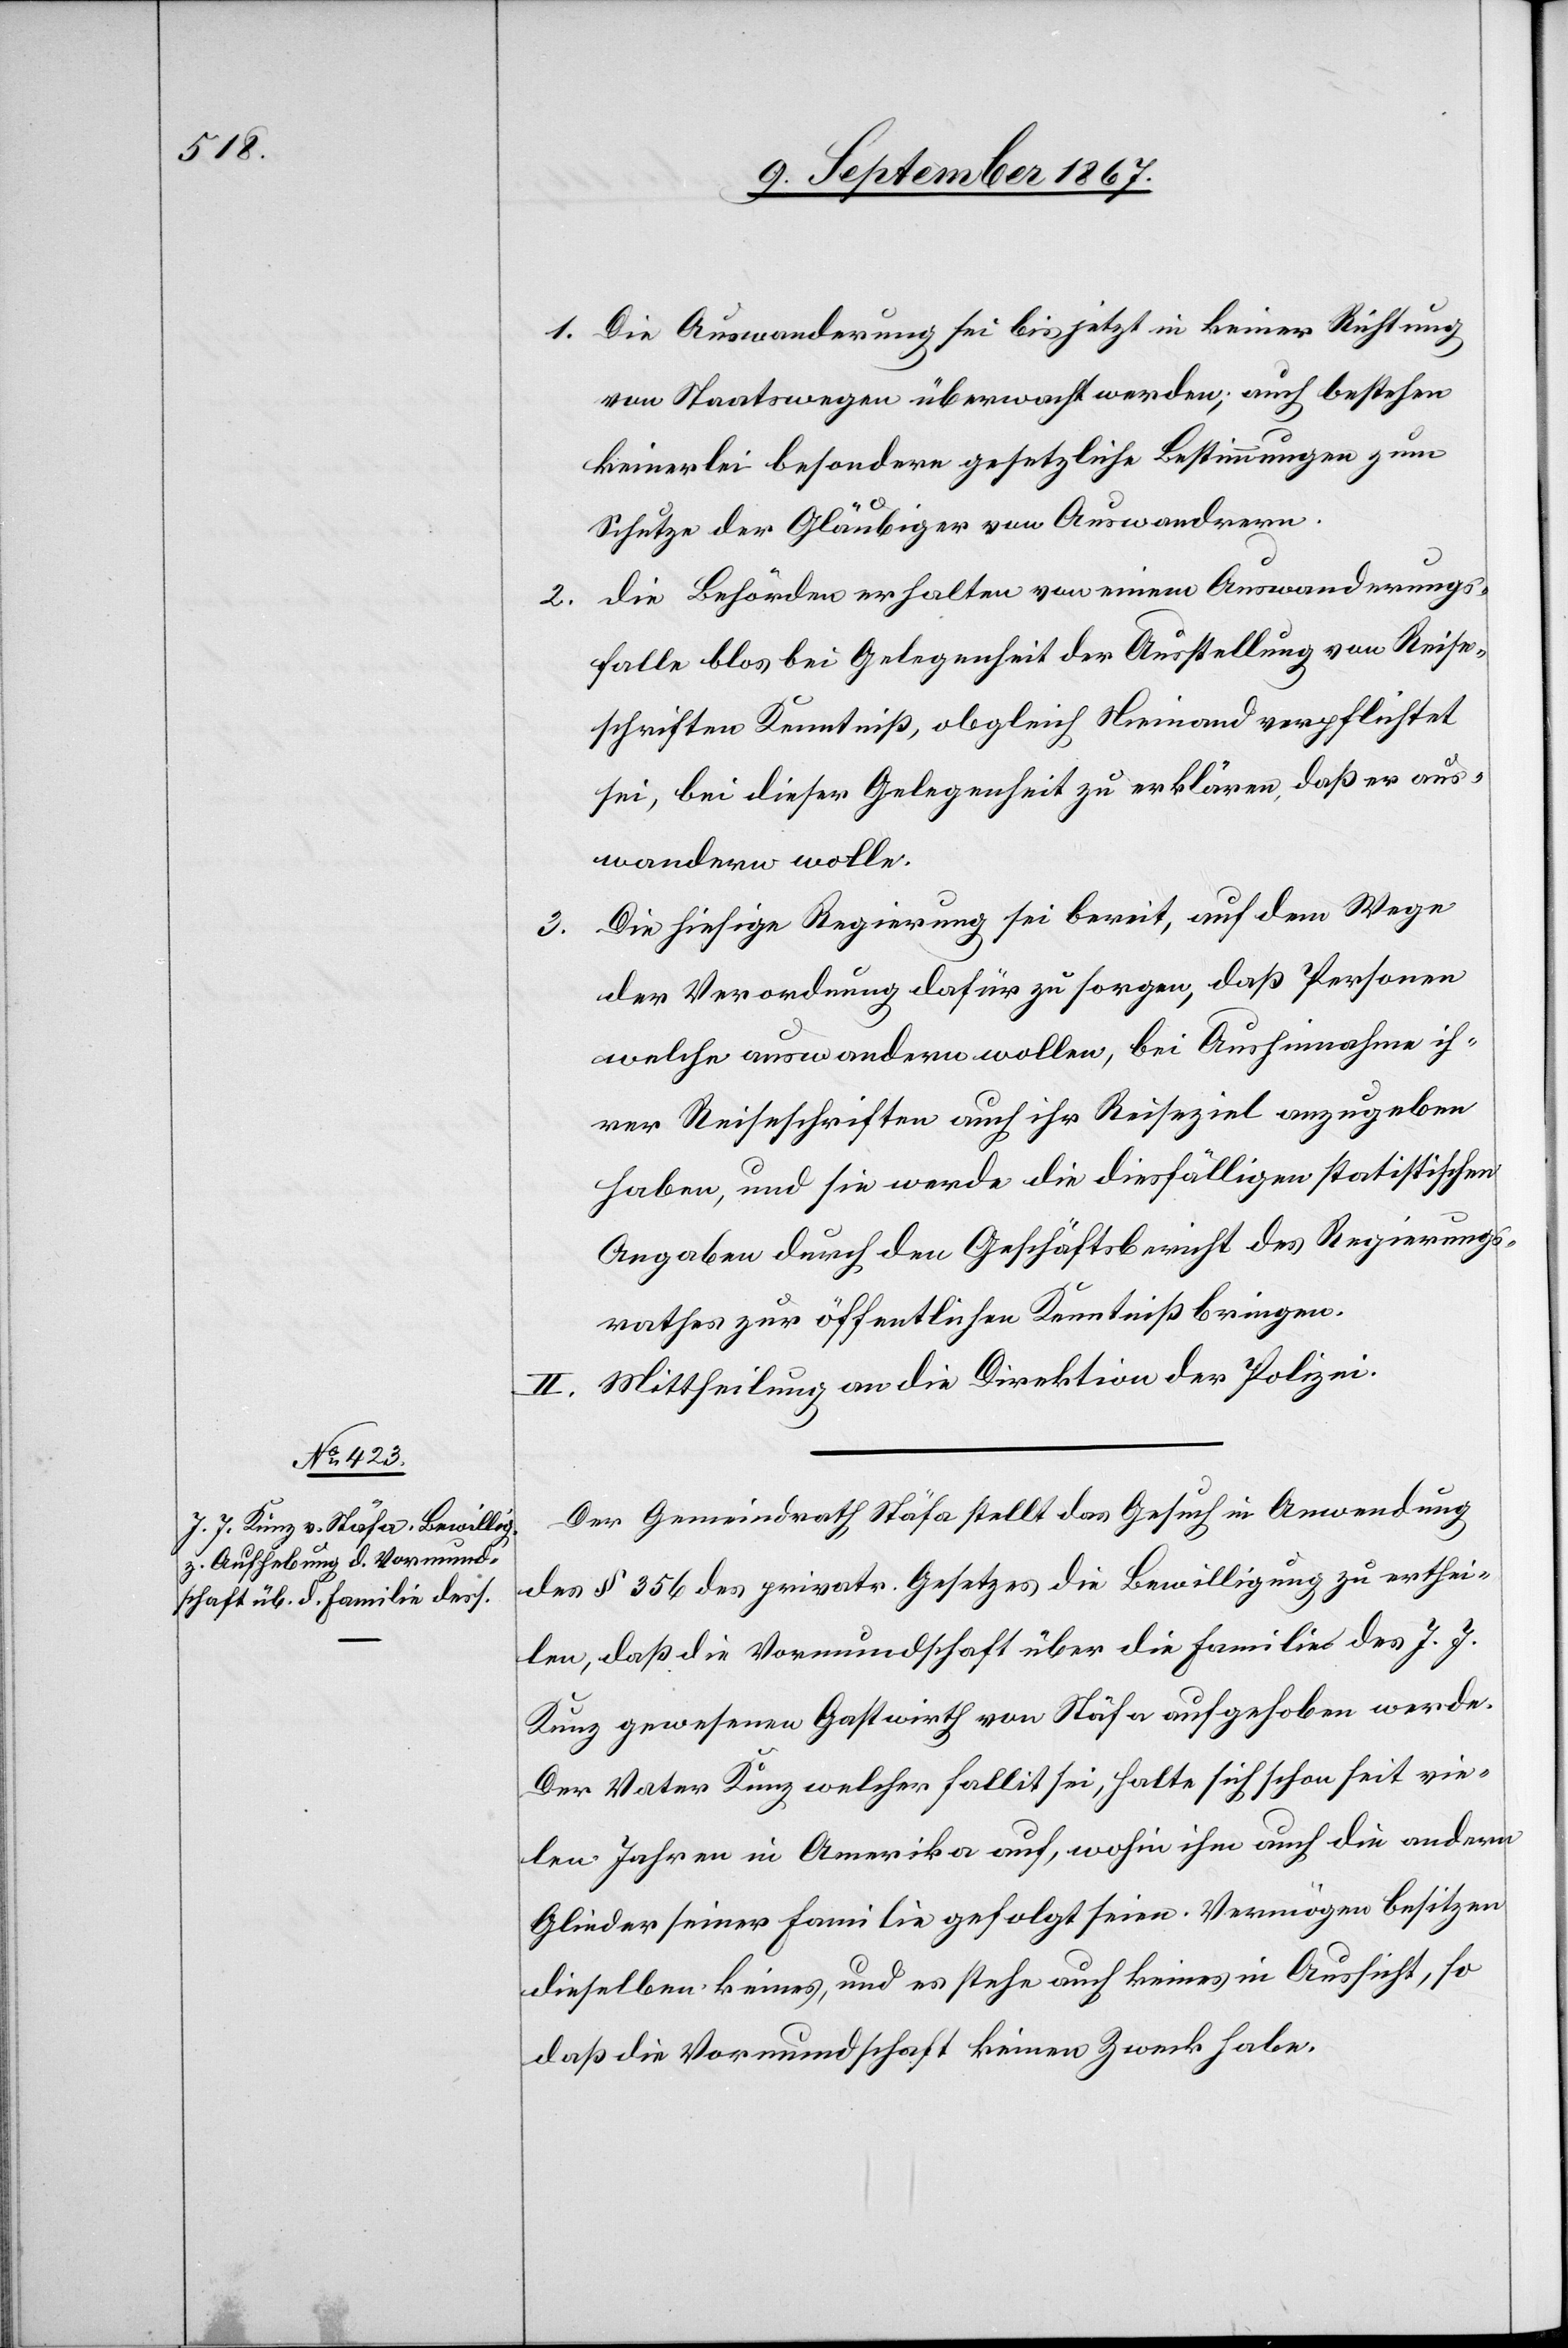
3.

1. Die Auswanderung sei bis jetzt in keiner Richtung
von Staatswegen überwacht worden; auch bestehen
keinerlei besondere gesetzliche Bestimmungen zum
Schutze der Gläubiger von Auswanderern.
2. die Behörden erhalten von einem Auswanderungs¬
falle blos bei Gelegenheit der Ausstellung von Reise¬
schriften Kenntniß, obgleich Niemand verpflichtet
sei, bei dieser Gelegenheit zu erklären, daß er aus¬
wandern wolle.
Die hiesige Regierung sei bereit, auf dem Wege
der Verordnung dafür zu sorgen, daß Personen
welche auswandern wollen, bei Aushinnahme ih¬
rer Reiseschriften auch ihr Reiseziel anzugeben,
Angaben durch den Geschäftsbericht des Regierungs¬
rathes zur öffentlichen Kenntniß bringen.
II. Mittheilung an die Direktion der Polizei.
Der Gemeindrath Stäfa stellt das Gesuch in Anwendung
des § 356 des privatr. Gesetzes die Bewilligung zu erthei¬
len, daß die Vormundschaft über die Familie des J. J.
Kunz gewesenen Gastwirth von Stäfa aufgehoben werde.
Der Vater Kunz welcher Fallit sei, halte sich schon seit vie¬
len Jahren in Amerika auf, wohin ihm auch die andern
Glieder seiner Familie gefolgt seien. Vermögen besitzen
dieselben keines, und es stehe auch keines in Aussicht, so
daß die Vormundschaft keinen Zweck habe.